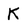
Character: K